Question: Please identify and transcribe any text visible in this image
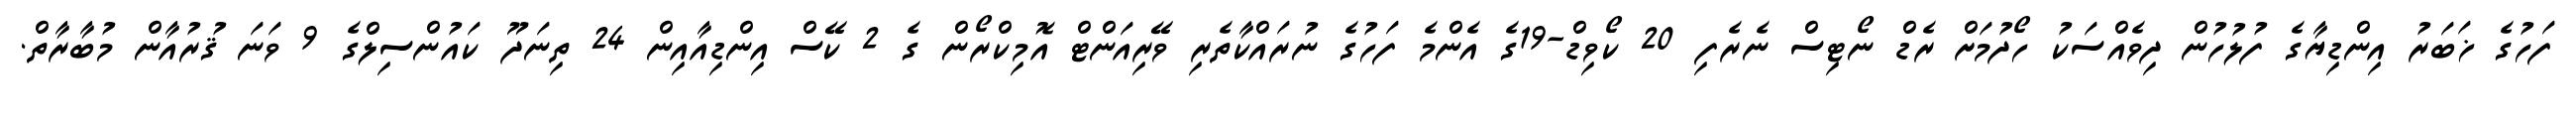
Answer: ފަހުގެ ޚަބަރު އިންޑިޔާގެ ފުލުހުން ދިވެއްސަކު ހޯދުމަށް ރެޑް ނޯޓިސް ނެރެފި 20 ކޯވިޑް-19ގެ އެންމެ ފަހުގެ ނުރައްކާތެރި ވޭރިއަންޓް އޮމިކްރޯން ގެ 2 ކޭސް އިންޑިއާއިން 24 ތިނަދޫ ކައުންސިލްގެ 9 ވަނަ ޤުރުއާން މުބާރާތް.